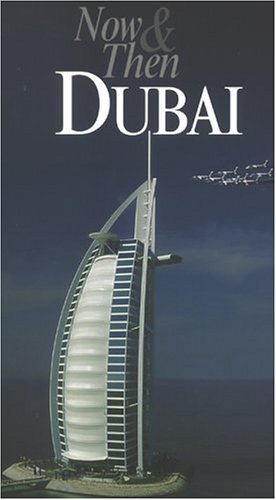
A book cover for Now & Then : Dubai (Our Earth); Robert Nowell; History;